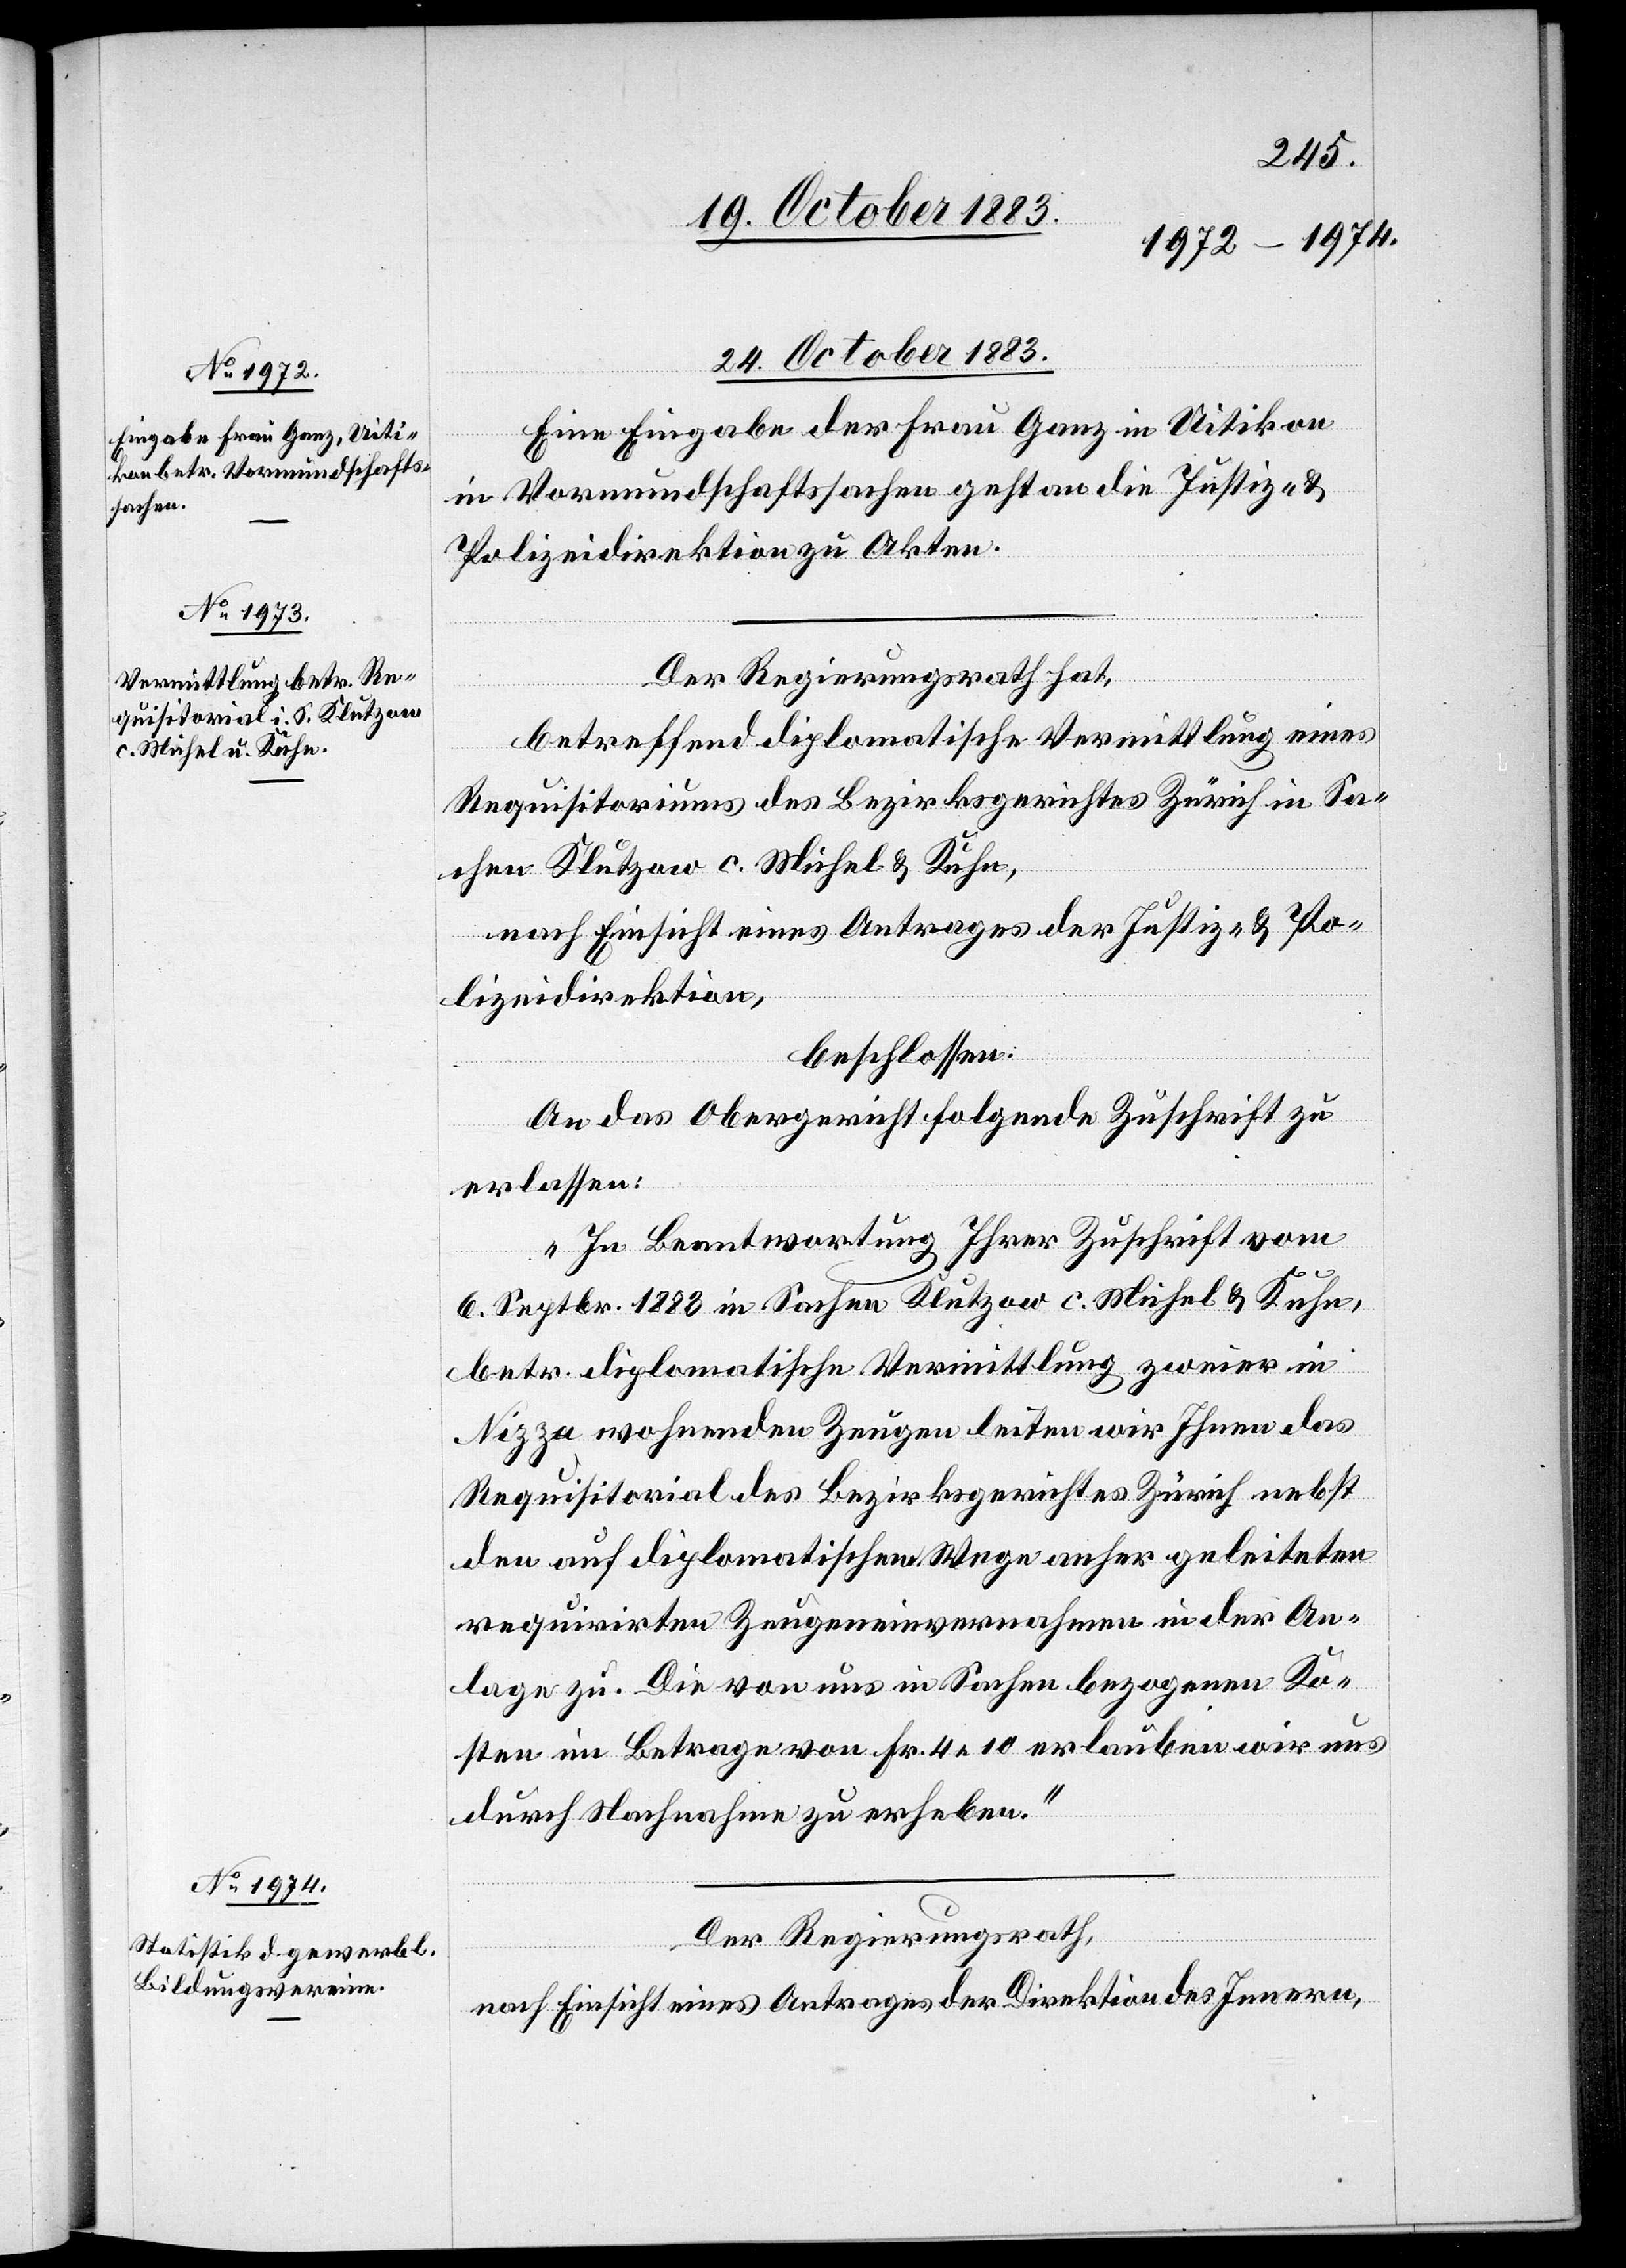
24. October 1883.]
Eine Eingabe der Frau Ganz in Uitikon
in Vormundschaftssachen geht an die Justiz- &
Polizeidirektion zu Akten.
Der Regierungsrath hat,
betreffend diplomatische Vermittlung eines
Requisitoriums des Bezirksgerichtes Zürich in Sa¬
chen Klutzow c. Michel & Kuhn,
nach Einsicht eines Antrages der Justiz- & Po¬
lizeidirektion,
beschlossen:
An das Obergericht folgende Zuschrift zu
erlassen:
„In Beantwortung Ihrer Zuschrift vom
6. Septbr. 1883 in Sachen Klutzow c. Michel & Kuhn,
betr. diplomatische Vermittlung zweier in
Nizza wohnenden Zeugen leiten wir Ihnen das
Requisitorial des Bezirksgerichtes Zürich nebst
den auf diplomatischem Wege anher geleiteten
requiriten Zeugeneinvernahmen in der An¬
lage zu. Die von uns in Sachen bezogenen Ko¬
sten im Betrage von Fr. 4 10 erlauben wir uns
durch Nachnahme zu erheben.“
Der Regierungsrath,
nach Einsicht eines Antrages der Direktion des Innern,